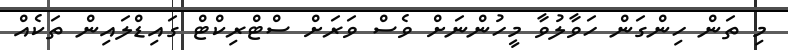
މި ތަން ހިންގަން ހަވާލުވާ މީހުންނަށް ވެސް ވަރަށް ސްޓްރިކްޓް ގައިޑްލައިން ތަކެއް